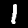
Digit: 1